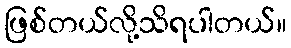
ဖြစ်တယ်လို့သိရပါတယ်။